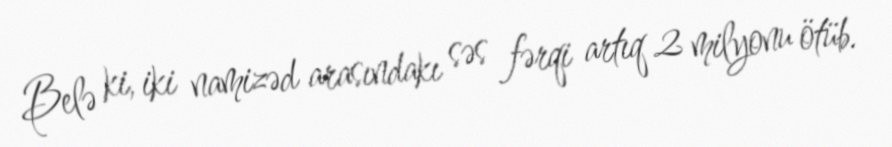
Belə ki, iki namizəd arasındakı səs fərqi artıq 2 milyonu ötüb.